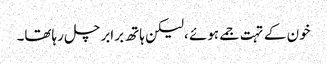
خون کے تہت جمے ہوئے ،لیکن ہاتھ برابر چل رہاتھا۔